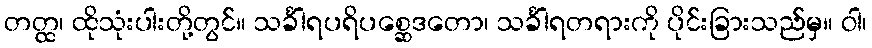
တတ္ထ၊ ထိုသုံးပါးတို့တွင်။ သင်္ခါရပရိပစ္ဆေဒတော၊ သင်္ခါရတရားကို ပိုင်းခြားသည်မှ။ ဝါ၊